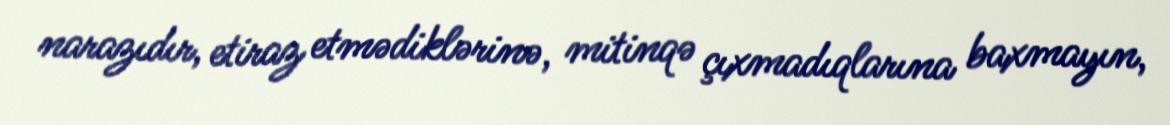
narazıdır, etiraz etmədiklərinə, mitinqə çıxmadıqlarına baxmayın,